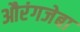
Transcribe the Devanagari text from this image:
औरंगजेबा